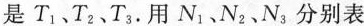
是T_{1}、T_{2}、T_{3}。用N_{1}、N_{2}、N_{3}分别表